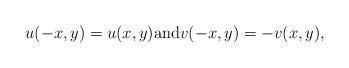
LaTeX: \begin{align*}u (-x,y) = u (x,y) \mbox{and} v (-x,y) = -v (x,y) , \end{align*}